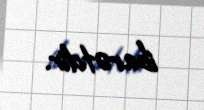
ibarətdir.